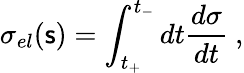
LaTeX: \sigma_{el}(\mathsf{s})=\int_{t_{+}}^{t_{-}}dt{\frac{{d\sigma}}{{dt}}}~,